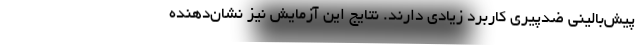
پیش‌بالینی ضدپیری کاربرد زیادی دارند. نتایج این آزمایش نیز نشان‌دهنده